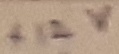
Text: +12V